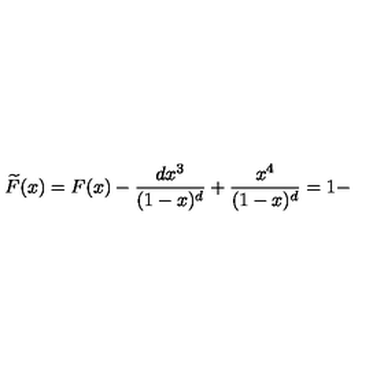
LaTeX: \widetilde { F } ( x ) = F ( x ) - \frac { d x ^ { 3 } } { ( 1 - x ) ^ { d } } + \frac { x ^ { 4 } } { ( 1 - x ) ^ { d } } = 1 -